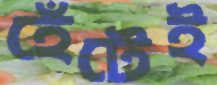
হেঁটেই